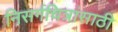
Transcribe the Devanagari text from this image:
निसर्गचित्रांसाठी